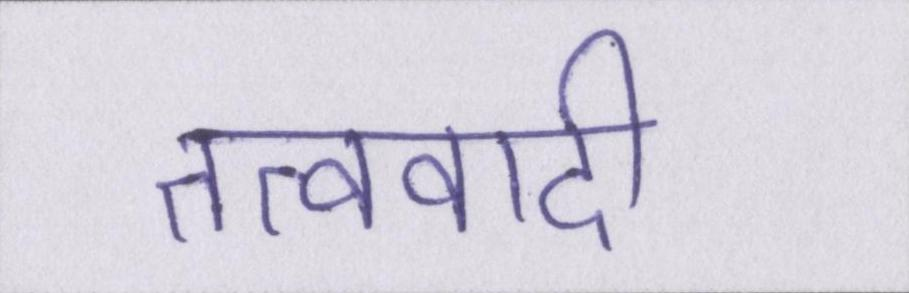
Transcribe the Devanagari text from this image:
तत्ववादी